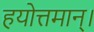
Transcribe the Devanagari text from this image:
हयोत्तमान्।